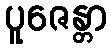
ပူဇေန္တာ